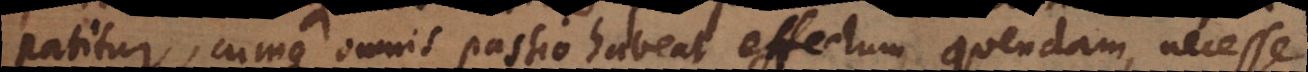
patitur, cumque omnis passio habeat effectum quendam, necesse